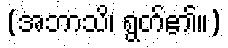
(အဘာသိ၊ ရွတ်၏။)